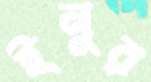
ইনুর